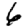
Digit: 6